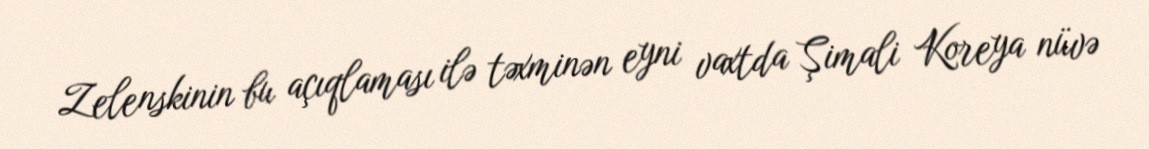
Zelenskinin bu açıqlaması ilə təxminən eyni vaxtda Şimali Koreya nüvə